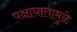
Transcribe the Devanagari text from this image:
पक्षाघातामुळे